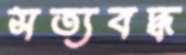
সত্যবদ্ধ